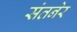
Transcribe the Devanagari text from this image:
संतनेर